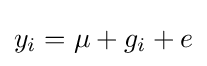
y_{i}=\mu +g_{i}+e